Vaccination in the Punjab 1919-1929 - 1919-1929
Year: 1919
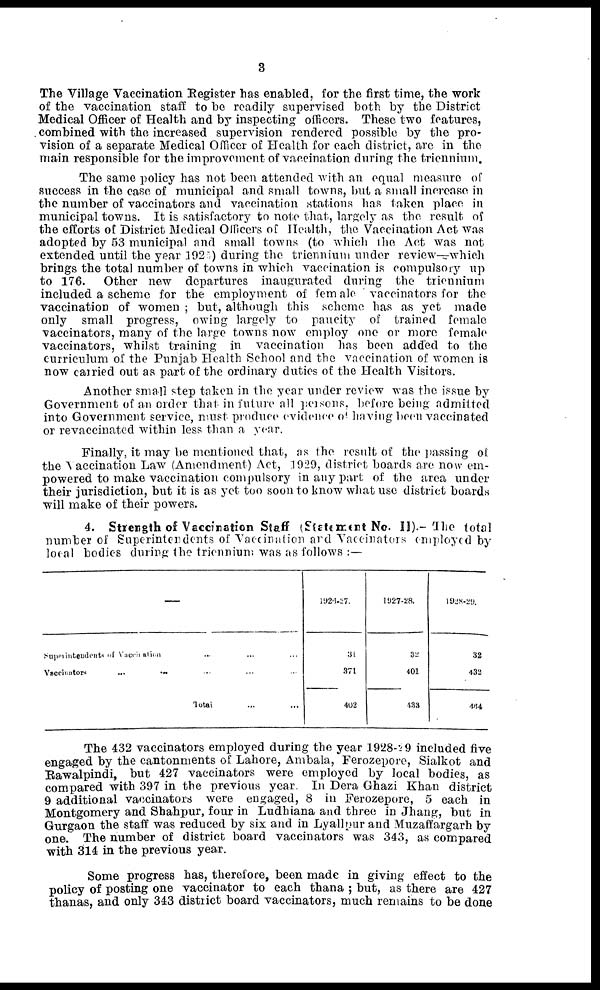
3
The Village Vaccination Register has enabled, for the first time, the work
of the vaccination staff to be readily supervised both by the District
Medical Officer of Health and by inspecting officers. These two features,
combined with the increased supervision rendered possible by the pro-
vision of a separate Medical Officer of Health for each district, are in the
main responsible for the improvement of vaccination during the triennium.
The same policy has not been attended with an equal measure of
success in the case of municipal and small towns, but a small increase in
the number of vaccinators and vaccination stations has taken place in
municipal towns. It is satisfactory to note that, largely as the result of
the efforts of District Medical Officers of Health, the Vaccination Act was
adopted by 53 municipal and small towns (to which the Act was not
extended until the year 1925) during the triennium under review—which
brings the total number of towns in which vaccination is compulsory up
to 176. Other new departures inaugurated during the triennium
included a scheme for the employment of female vaccinators for the
vaccination of women ; but, although this scheme has as yet made
only small progress, owing largely to paucity of trained female
vaccinators, many of the large towns now employ one or more female
vaccinators, whilst training in vaccination has been added to the
curriculum of the Punjab Health School and the vaccination of women is
now carried out as part of the ordinary duties of the Health Visitors.
Another small step taken in the year under review was the issue by
Government of an order that in future all persons, before being admitted
into Government service, must produce evidence of having been vaccinated
or revaccinated within less than a year.
Finally, it may be mentioned that, as the result of the passing of.
the Vaccination Law (Amendment) Act, 1929, district boards are now em-
powered to make vaccination compulsory in any part of the area under
their jurisdiction, but it is as yet too soon to know what use district boards
will make of their powers.
4. Strength of Vaccination Staff (Statement No. II).—The total
number of Superintendents of Vaccination and Vaccinators employed by
local bodies during the triennium was as follows :—
—
Superintendents
of Vaccination ... ... ...
Vaccinators
...
... ... ... ...
Total ... ...
1926-27.
31
371
402
1927-28.
32
401
433
1928-29.
32
432
464
The 432 vaccinators employed during the year 1928-29 included five
engaged by the cantonments of Lahore, Ambala, Ferozepore, Sialkot and
Rawalpindi, but 427 vaccinators were employed by local bodies, as
compared with 397 in the previous year. In Dera Ghazi Khan district
9 additional vaccinators were engaged, 8 in Ferozepore, 5 each in
Montgomery and Shahpur, four in Ludhiana and three in Jhang, but in
Gurgaon the staff was reduced by six and in Lyallpur and Muzaffargarh by
one. The number of district board vaccinators was 343, as compared
with 314 in the previous year.
Some progress has, therefore, been made in giving effect to the
policy of posting one vaccinator to each thana ; but, as there are 427
thanas, and only 343 district board vaccinators, much remains to be done